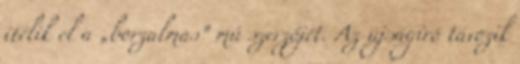
ítélik el a „borzalmas” mű szerzőjét. Az újságíró távozik